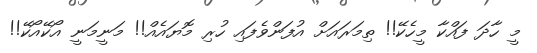
މީ ހާދަ ފައްކާ މީހެކޭ!! ތިމަރައަށް އުފަންވެފައި ހުރި މޮޔައެއް!! މަނީމަނީ އޯކޭއޯކޭ!!